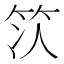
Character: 𫁴